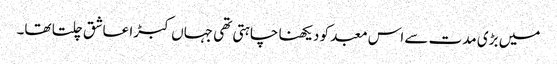
میں بڑی مدت سے اس معبد کو دیکھنا چاہتی تھی جہاں کبڑا عاشق چلتا تھا۔